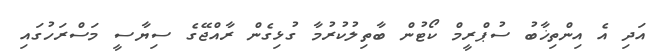
އަދި އެ އިންތިޚާބު ސުޕްރީމް ކޯޓުން ބާތިލުކުރުމާ ގުޅިގެން ރާއްޖޭގެ ސިޔާސީ މަސްރަހުގައި